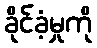
ခိုင်ခံ့မှုကို